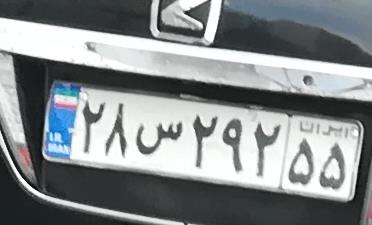
۲۸س۲۲۵۵